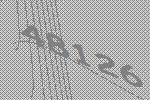
48126